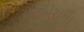
બાબરાના